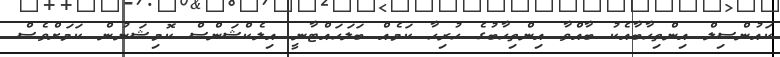
ކައުންސިލް އިންތިހާބާއެކު ބާއްވާ އިންތިހާބުގެ ހުރިހާ ކަމެއް ބަލަހައްޓާނީ އިލެކްޝަންސް ކޮމިޝަނުން ކަމަށްވެސް